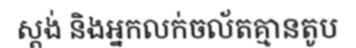
ស្តង់ និងអ្នកលក់ចល័តគ្មានតូប